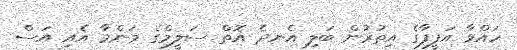
ހައްވާ އަފީފާގެ އިތުރުން ބަލި އެނދެ އޮތް ސަލީމްގެ މަންމާ އެއި އަސް